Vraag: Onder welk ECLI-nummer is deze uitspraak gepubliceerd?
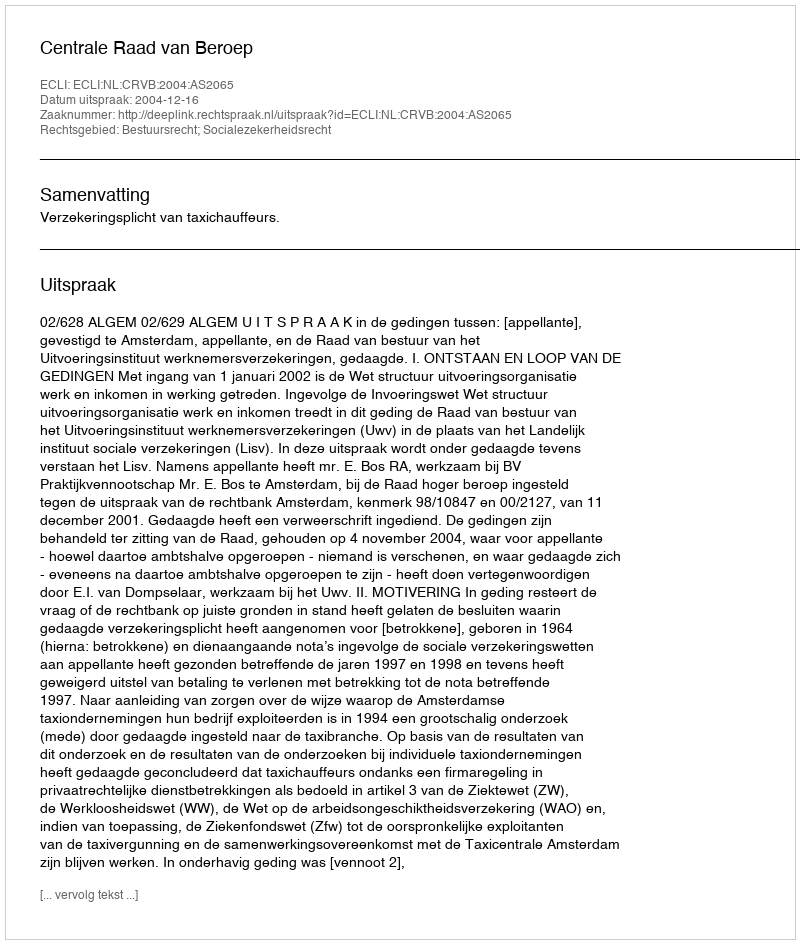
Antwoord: ECLI:NL:CRVB:2004:AS2065